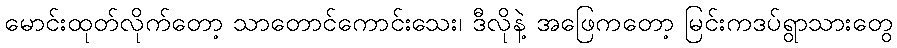
မောင်းထုတ်လိုက်တော့ သာတောင်ကောင်းသေး၊ ဒီလိုနဲ့ အဖြေကတော့ မြင်းကဒပ်ရွာသားတွေ